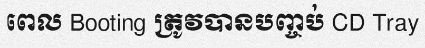
ពេល Booting ត្រូវបានបញ្ចប់ CD Tray